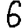
Digit: 6